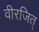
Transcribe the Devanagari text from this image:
वीरजित्